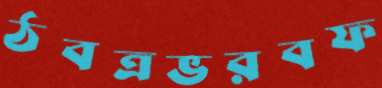
ঠবত্রভরবফ